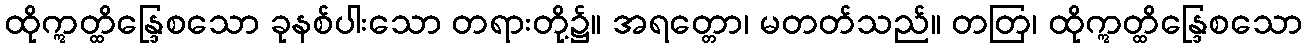
ထိုဣတ္ထိန္ဒြေစသော ခုနစ်ပါးသော တရားတို့၌။ အရတ္တော၊ မတတ်သည်။ တတြ၊ ထိုဣတ္ထိန္ဒြေစသော